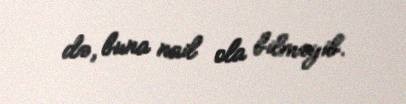
də, buna nail ola bilməyib.